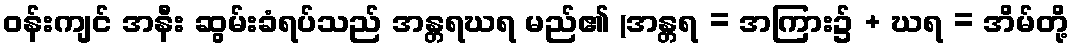
ဝန်းကျင် အနီး ဆွမ်းခံရပ်သည် အန္တရဃရ မည်၏ (အန္တရ = အကြား၌ + ဃရ = အိမ်တို့